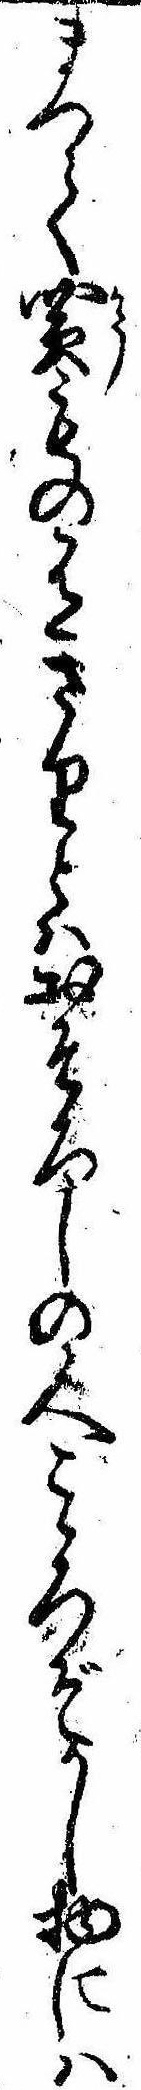
まつて買もの有さりとはおそろしの人こゝろぞかし物には